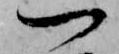
一